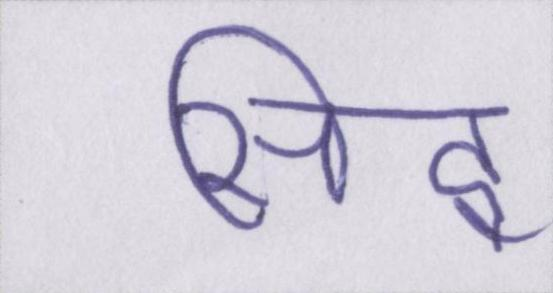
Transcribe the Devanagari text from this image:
सिद्व